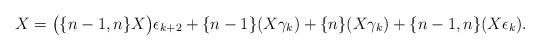
LaTeX: \begin{align*}X = \bigl( \{n-1,n\} X \bigr) \epsilon_{k+2} + \{n-1\} (X\gamma_{k}) + \{n\} (X \gamma_k) + \{n-1,n\} (X \epsilon_k).\end{align*}